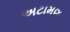
અટામણ